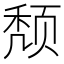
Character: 颓